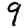
Digit: 9